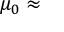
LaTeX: \mu _ { 0 } \approx